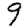
Digit: 9